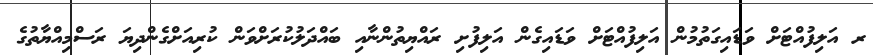
ރ އަލިފުއްޓަށް ވަޑައިގަތުމުން އަލިފުއްޓަށް ވަޑައިގެން އަލިފުށި ރައްޔިތުންނާއި ބައްދަލުކުރަށްވަން ކުރިއަށްގެންދިޔަ ރަސްމިއްޔާތުގެ